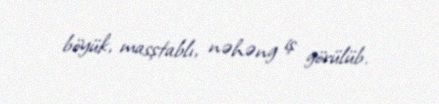
böyük, masştablı, nəhəng iş görülüb.